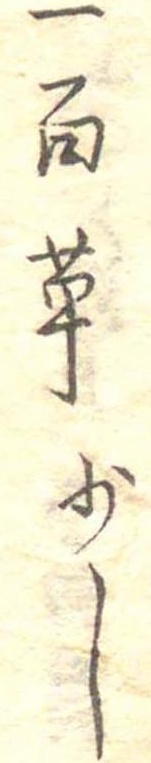
一百草少し